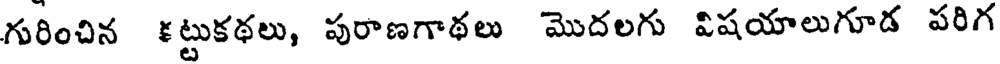
గురించిన కట్టుకథలు, పురాణగాథలు మొదలగు విషయాలుగూడ పరిగ